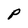
Character: P